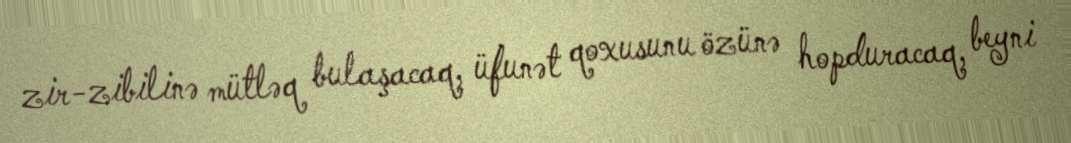
zir-zibilinə mütləq bulaşacaq, üfunət qoxusunu özünə hopduracaq, beyni